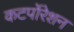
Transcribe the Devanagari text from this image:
कटर्पोरेशन